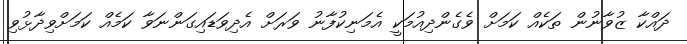
ދައްކާ ޒުވާނުން ތަކެއް ކަމަށް ވެގެންދިއުމަކީ އެމަނިކުފާނު ވަރަށް އެދިވަޑައިގަންނަވާ ކަމެއް ކަމަށްވިދާޅުވި